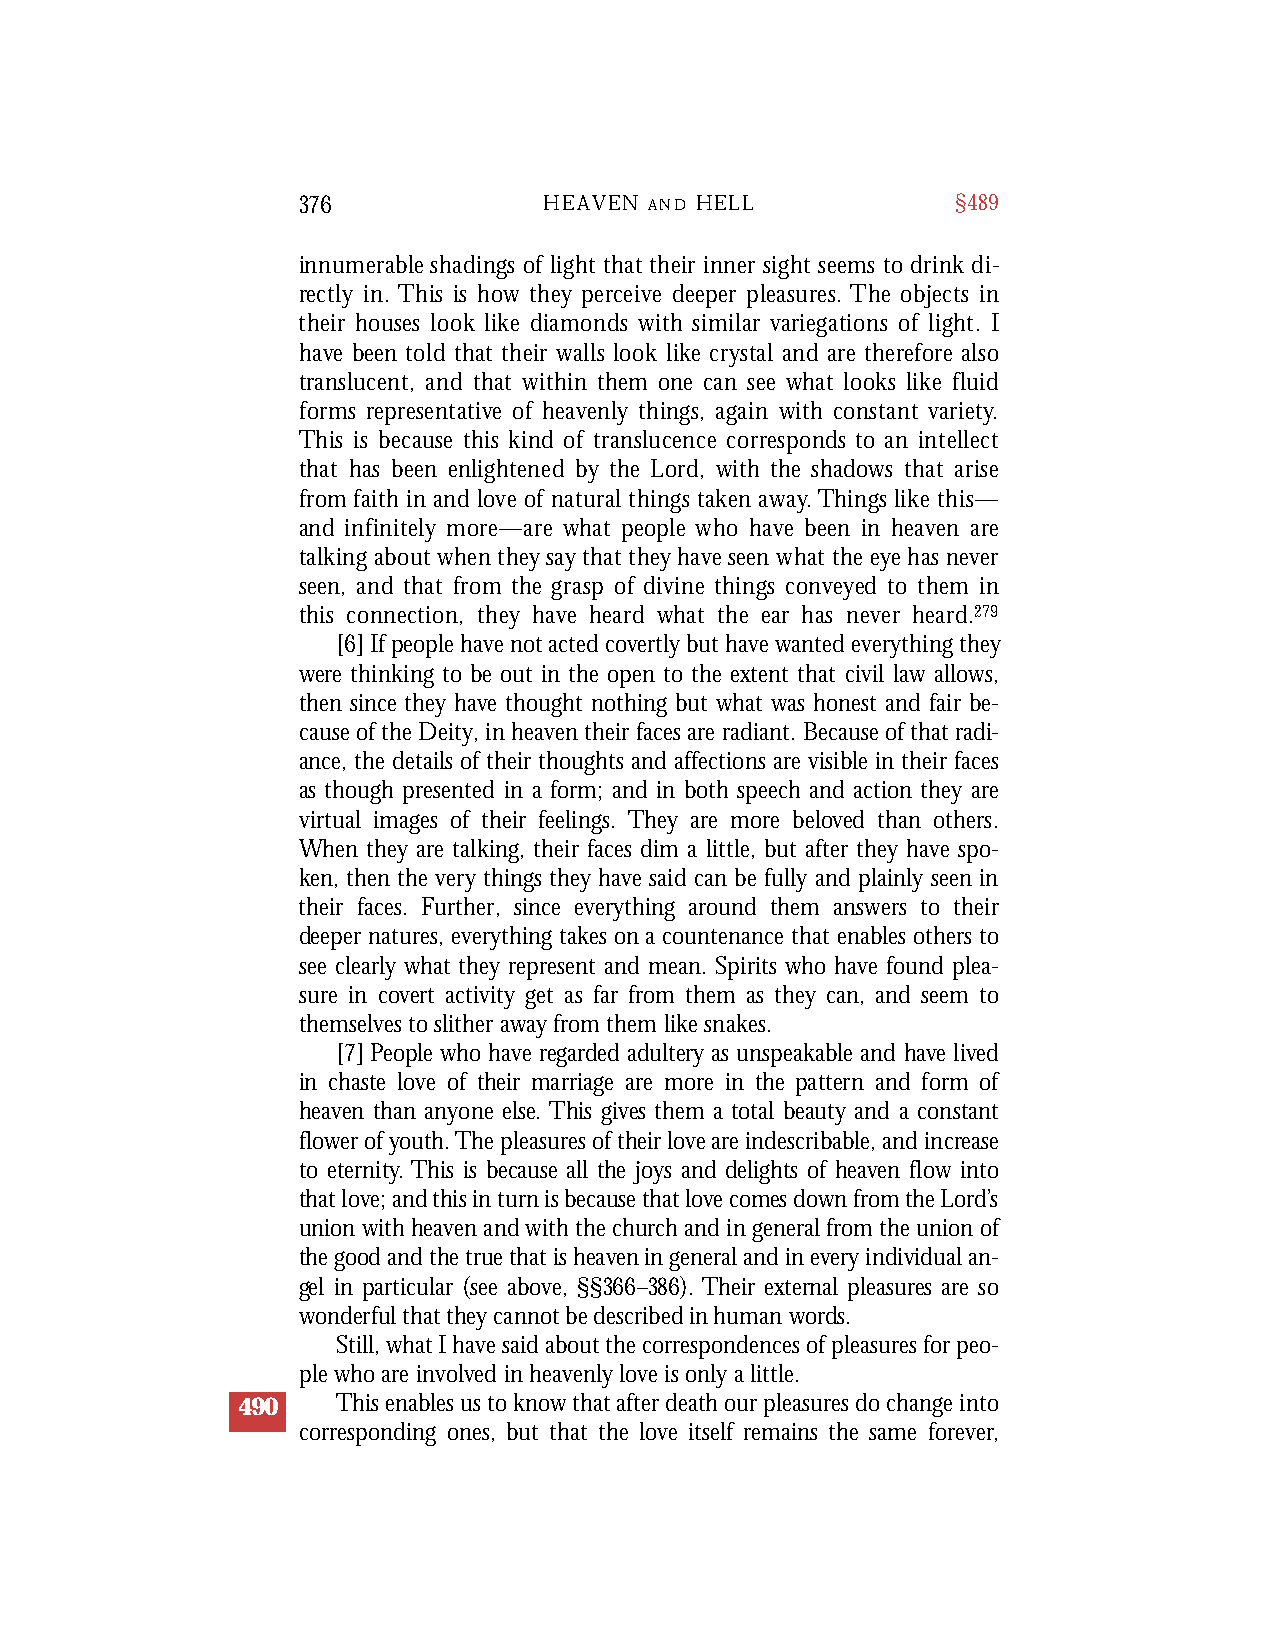
376             HEAVEN A N D H E L L       §489
 innumerable shadings of light that their inner sight seems to drink di-
 rectly in. This is how they perc e i ve deeper pleasures. The objects in
 their houses look like diamonds with similar variegations of light. I
 h a ve been told that their walls look like crystal and are there f o re also
 translucent, and that within them one can see what looks like fluid
 forms re p re s e n t a t i ve of heavenly things, again with constant va r i e t y.
 This is because this kind of translucence corresponds to an intellect
 that has been enlightened by the Lord, with the shadows that arise
 f rom faith in and love of natural things taken away. Things like this—
 and infinitely more — a re what people who have been in heaven are
 talking about when they say that they have seen what the eye has neve r
 seen, and that from the grasp of divine things conve yed to them in
 this connection, they have heard what the ear has never heard .2 7 9
 [6] If people have not acted covertly but have wanted everything they
 were thinking to be out in the open to the extent that civil law allows,
 then since they have thought nothing but what was honest and fair be-
 cause of the Deity, in heaven their faces are radiant. Because of that radi-
 ance, the details of their thoughts and affections are visible in their faces
 as though presented in a form; and in both speech and action they are
 virtual images of their feelings. They are more beloved than others.
 When they are talking, their faces dim a little, but after they have spo-
 ken, then the very things they have said can be fully and plainly seen in
 their faces. Further, since everything around them answers to their
 deeper natures, everything takes on a countenance that enables others to
 see clearly what they represent and mean. Spirits who have found plea-
 sure in covert activity get as far from them as they can, and seem to
 themselves to slither away from them like snakes.
 [7] People who have reg a r ded adultery as unspeakable and have lived
 in chaste love of their marriage are more in the pattern and form of
 he a v en than anyone else. This gives them a total beauty and a constant
 fl o wer of youth. The pleasures of their love are indescribable, and increa s e
 to eternity. This is because all the joys and delights of heaven flow into
 that love; and this in turn is because that love comes down from the Lord’s
 union with heaven and with the church and in general from the union of
 the good and the true that is heaven in general and in ever y individual an-
 gel in particular (see above, §§36 6 –38 6 ). Their external pleasures are so
 wo n d e r ful that they cannot be described in human words .
 Still, what I have said about the correspondences of pleasures for peo-
 ple who are involved in heavenly love is only a little.
 490   This enables us to know that after death our pleasures do change into
 corresponding ones, but that the love itself remains the same forever,